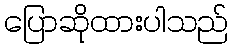
ပြောဆိုထားပါသည်